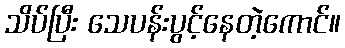
သိပ်ပြီး သေပန်းပွင့်နေတဲ့ကောင်။